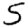
Digit: 5